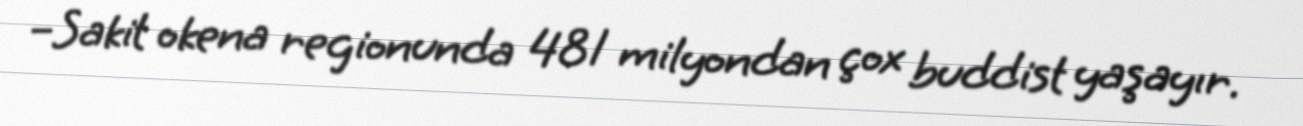
–Sakit okena regionunda 481 milyondan çox buddist yaşayır.